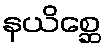
နယိစ္ဆေ